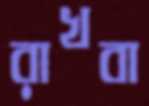
রাখবা